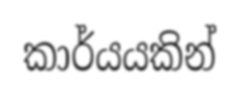
කාර්යයකින්